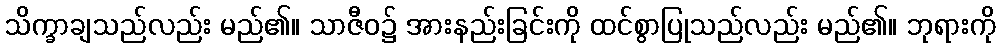
သိက္ခာချသည်လည်း မည်၏။ သာဇီဝ၌ အားနည်းခြင်းကို ထင်စွာပြုသည်လည်း မည်၏။ ဘုရားကို